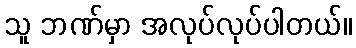
သူ ဘဏ်မှာ အလုပ်လုပ်ပါတယ်။